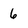
Character: 6